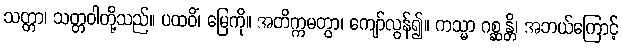
သတ္တာ၊ သတ္တဝါတို့သည်။ ပထဝိံ၊ မြေကို။ အတိက္ကမတွာ၊ ကျော်လွန်၍။ ကသ္မာ ဂစ္ဆန္တိ၊ အဘယ်ကြောင့်